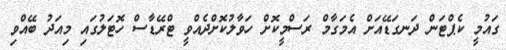
ގައުމީ ކެޕްޓަން ދަނގަޑޭއަށް އެމަގާމް ރަސްމީކޮށް ހަވާލުކޮށްދެއްވީ ޓްރޭޑާސް ހޮޓަލުގައި މިއަދު ބޭއްވި